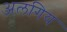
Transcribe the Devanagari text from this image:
अलगिय